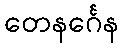
တေနင်္ဂေန